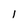
Character: l